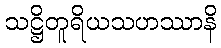
သဋ္ဌိတူရိယသဟဿာနိ